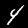
Label: 4